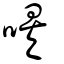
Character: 唉